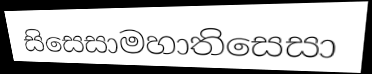
සිසෙසාමහාතිසෙසා